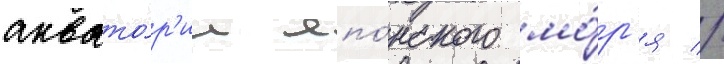
аквато́р'ии япо́нского мо́р'я //